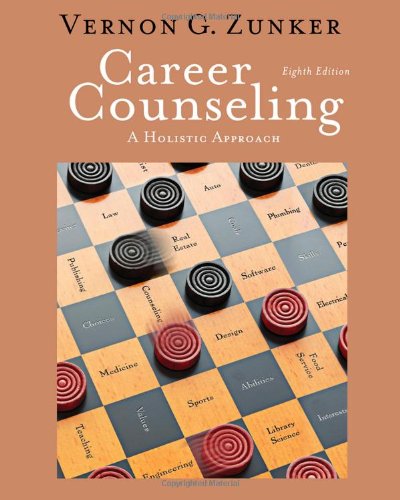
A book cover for Career Counseling: A Holistic Approach, 8th Edition (Graduate Career Counseling); Vernon G. Zunker; Business & Money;